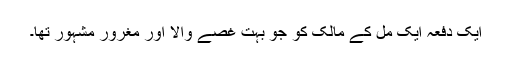
ایک دفعہ ایک مل کے مالک کو جو بہت غصے والا اور مغرور مشہور تھا۔